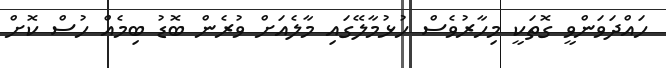
ހައްދަވަންވީ ގޮތަކީ މިހާރުވެސް ހުޅުމާލޭގައި މާލެއަށް ވުރެން ބޮޑު ބިމެއް ހުސް ކޮށް